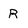
Character: R